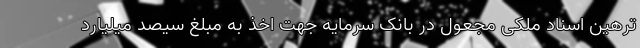
ترهین اسناد ملکی مجعول در بانک سرمایه جهت اخذ به مبلغ سیصد میلیارد